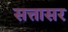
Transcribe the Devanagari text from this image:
सत्तासर